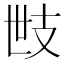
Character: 𢺿